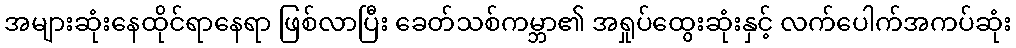
အများဆုံးနေထိုင်ရာနေရာ ဖြစ်လာပြီး ခေတ်သစ်ကမ္ဘာ၏ အရှုပ်ထွေးဆုံးနှင့် လက်ပေါက်အကပ်ဆုံး